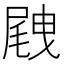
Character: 𡲭